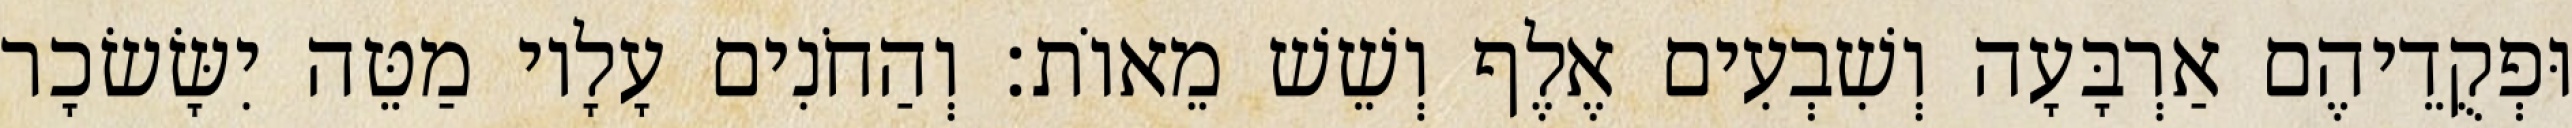
וּפְקֻדֵיהֶם אַרְבָּעָה וְשִׁבְעִים אֶלֶף וְשֵׁשׁ מֵאוֹת׃ וְהַחֹנִים עָלָיו מַטֵּה יִשָּׂשׂכָר